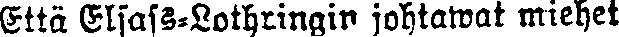
Että Elsass-Lothringin johtawat miehet